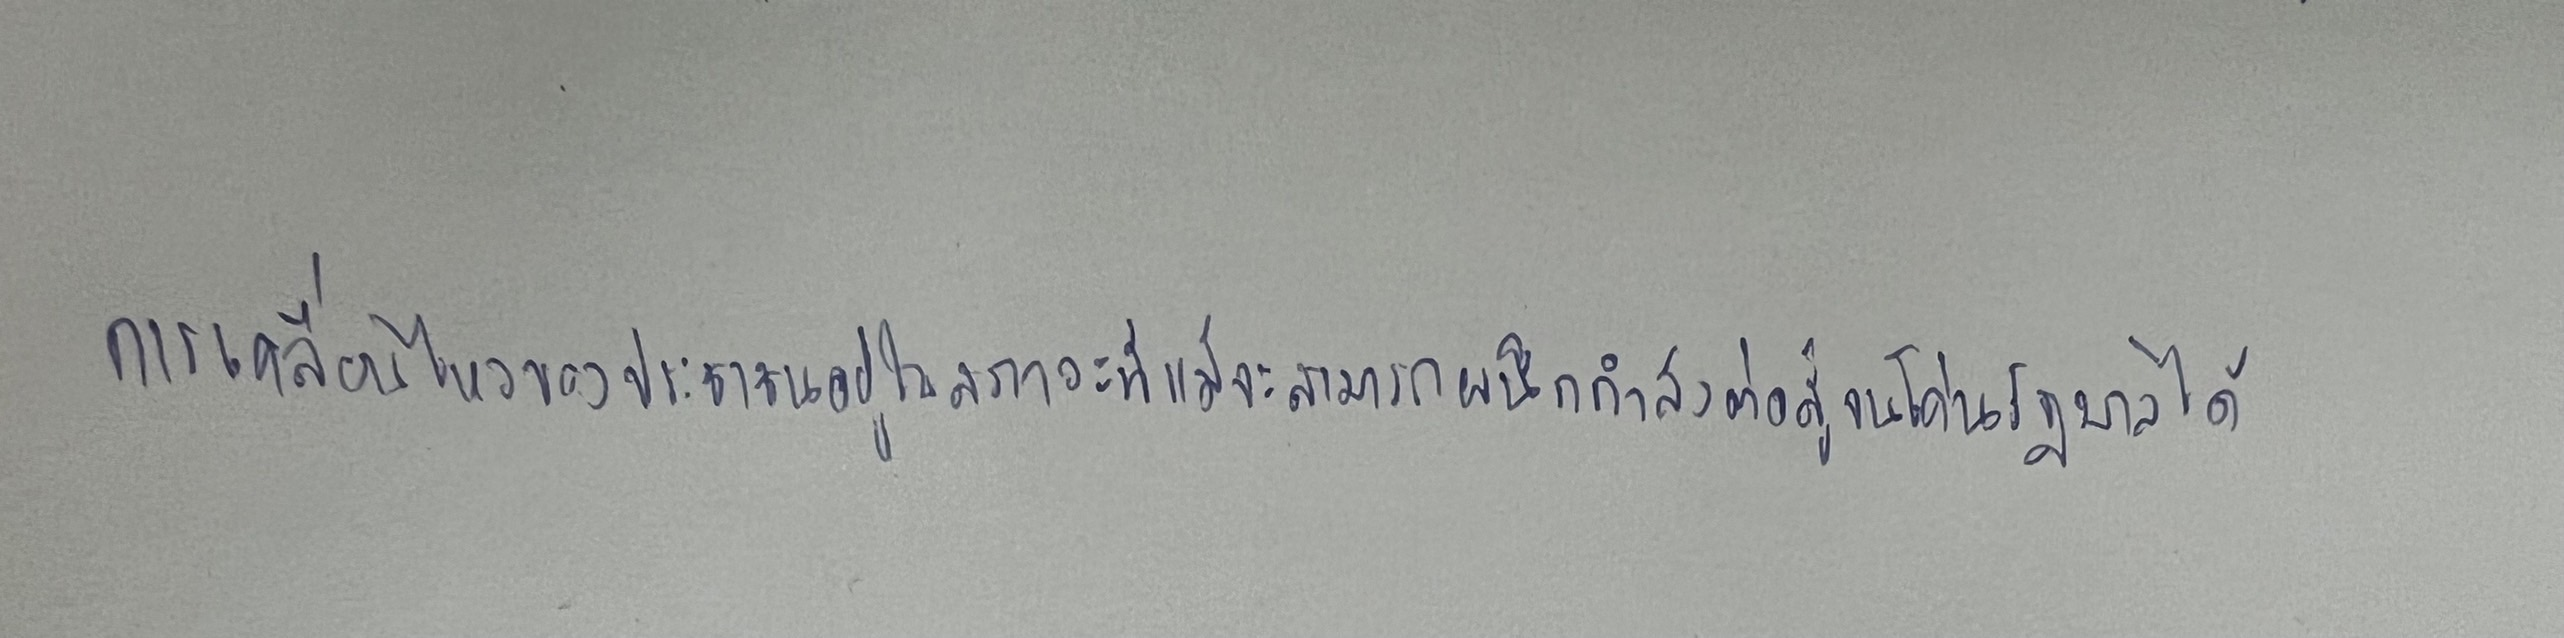
การเคลื่อนไหวของประชาชนอยู่ในสภาวะที่แม้จะสามารถผนึกกำลังต่อสู้จนโค่นรัฐบาลได้